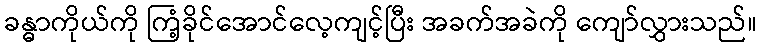
ခန္ဓာကိုယ်ကို ကြံ့ခိုင်အောင်လေ့ကျင့်ပြီး အခက်အခဲကို ကျော်လွှားသည်။